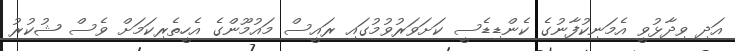
އަދި ވިދާޅުވީ އެމަނިކުފާނުގެ ކެންޑިޑެސީ ކަށަވަރުވުމުގައި ރައީސް މައުމޫންގެ އެހީތެރިކަމަށް ވެސް ޝުކުރު